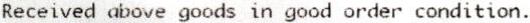
RECEIVED ABOVE GOODS IN GOOD ORDER CONDITION.